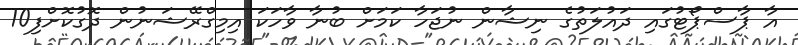
އާ ޕާސްޕޯޓުގައި ދައުލަތުގެ ނިޝާން ނުޖަހާ ކަމަށް ބުނާ ވާހަކަ އިމިގްރޭޝަނުން ދޮގުކޮށްފި10